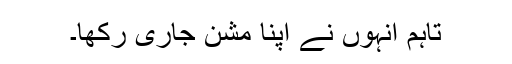
تاہم انہوں نے اپنا مشن جاری رکھا۔